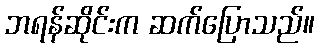
ဘရန်ဆိုင်းက ဆက်ပြောသည်။